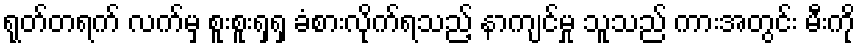
ရုတ်တရက် လက်မှ စူးစူးရှရှ ခံစားလိုက်ရသည့် နာကျင်မှု သူသည် ကားအတွင်း မီးကို